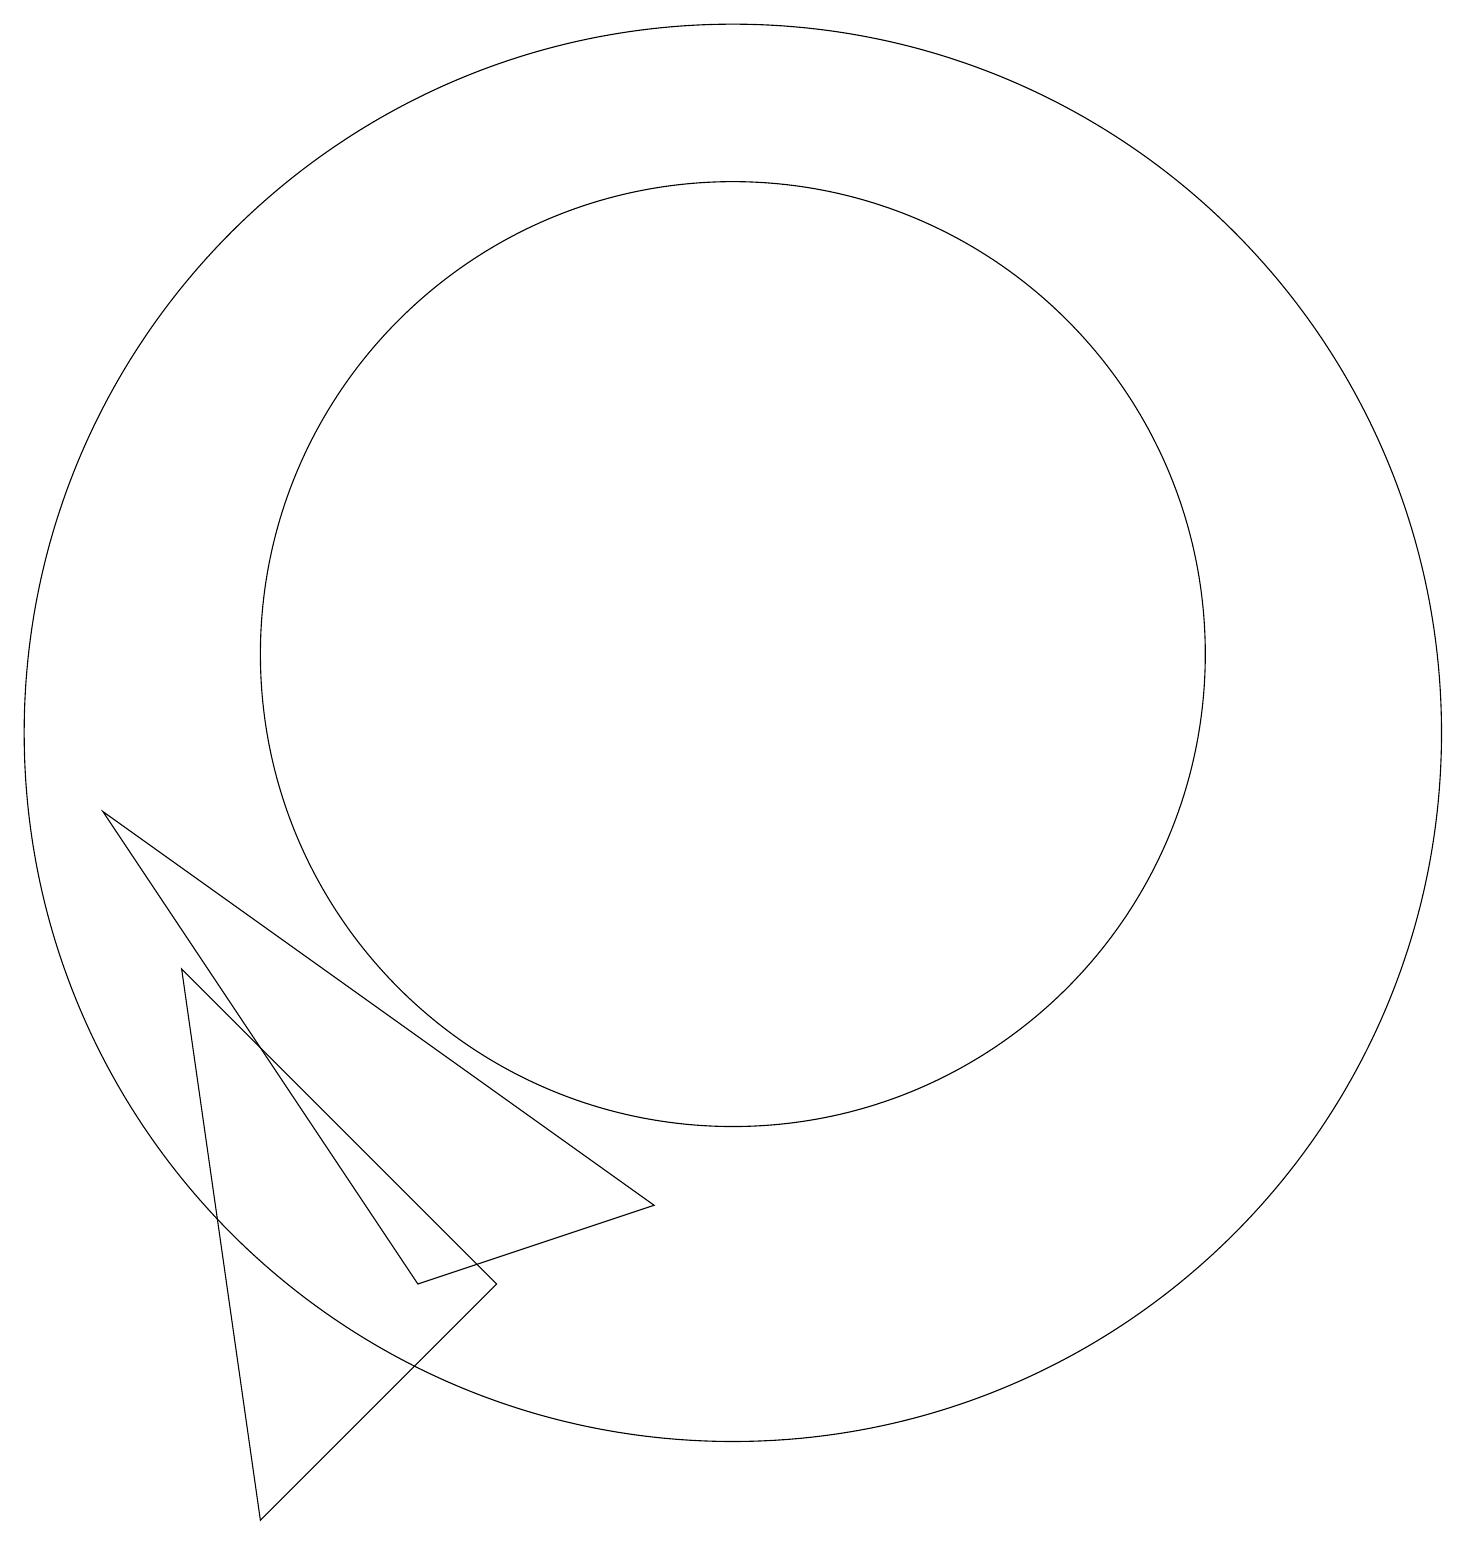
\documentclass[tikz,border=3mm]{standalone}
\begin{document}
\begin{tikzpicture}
\draw (10,11) circle (6);
\draw (10,10) circle (9);
\draw (6,3) -- (9,4) -- (2,9) -- cycle;
\draw (4,0) -- (7,3) -- (3,7) -- cycle;
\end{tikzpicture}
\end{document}